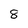
Character: 8